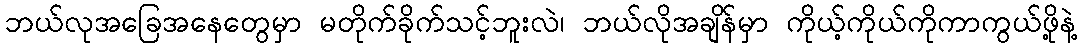
ဘယ်လုအခြေအနေတွေမှာ မတိုက်ခိုက်သင့်ဘူးလဲ၊ ဘယ်လိုအချိန်မှာ ကိုယ့်ကိုယ်ကိုကာကွယ်ဖို့နဲ့